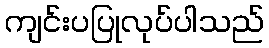
ကျင်းပပြုလုပ်ပါသည်